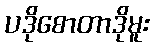
ပဒိုစောတာဒိုမူး